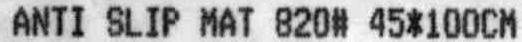
ANTI SLIP MAT 820# 45*100CM